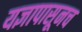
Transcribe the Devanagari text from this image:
यज्ञापासूनच